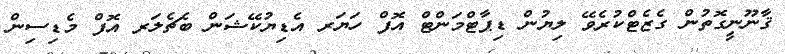
ޤާނޫނީގޮތުން ގެޒެޓްކުރެވޭ ލިޔުން ޑިޕާޓްމަންޓް އޮފް ހަޔަރ އެޑިޔުކޭޝަން ބެޗެލަރ އޮފް މެޑިސިން